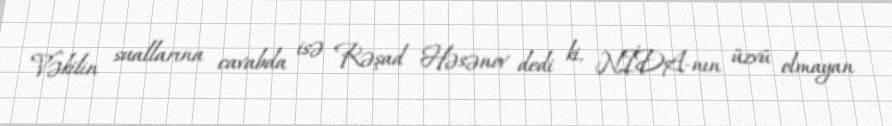
Vəkilin suallarına cavabda isə Rəşad Həsənov dedi ki, NİDA-nın üzvü olmayan